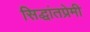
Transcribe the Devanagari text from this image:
सिद्धांतप्रेमी